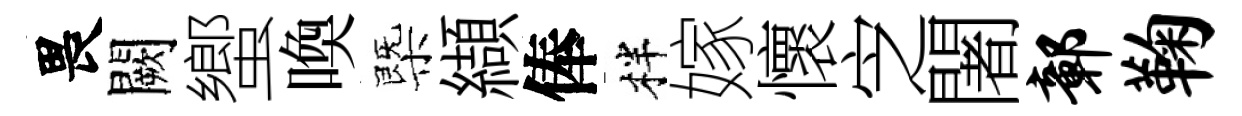
畏闕蠁喚㮣纈俸柈嫁懷㝎闍鄣鞠